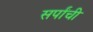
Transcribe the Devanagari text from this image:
सर्पांची